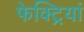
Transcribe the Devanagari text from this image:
फेक्ट्रियां